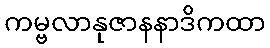
ကမ္ဗလာနုဇာနနာဒိကထာ